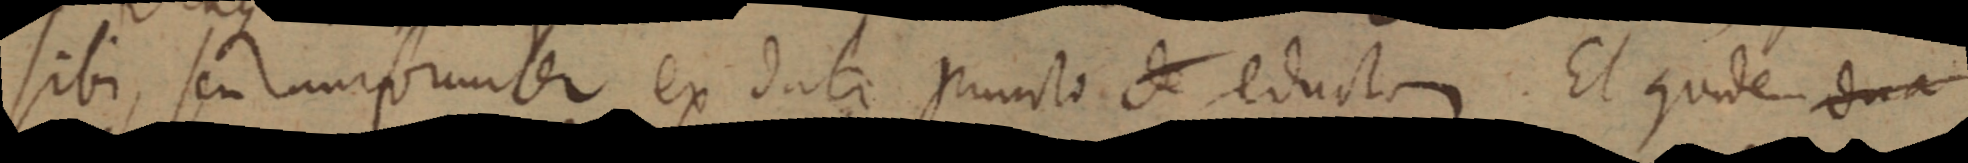
sibi, seu uniformiter ex dati puncto de educt. Et qude dua